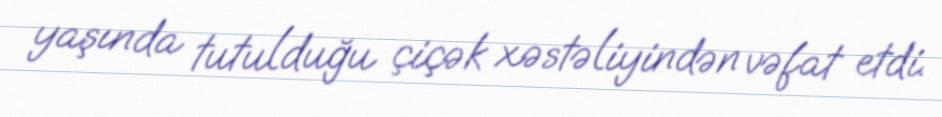
yaşında tutulduğu çiçək xəstəliyindən vəfat etdi.